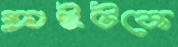
ফ্লাইটকে